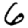
Digit: 6